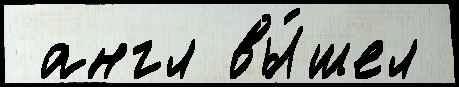
 англ вы́шел